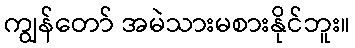
ကျွန်တော် အမဲသားမစားနိုင်ဘူး။